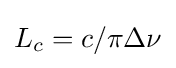
L_{c}=c/\pi \Delta \nu